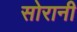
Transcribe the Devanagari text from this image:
सोरानी